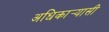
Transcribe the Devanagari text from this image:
अधिकार्‍यासी